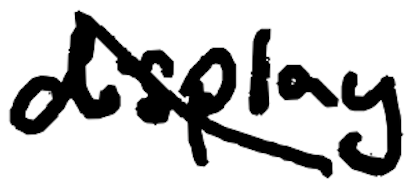
Text: display
Cross-out: mix
Writing tool: digital_black